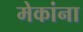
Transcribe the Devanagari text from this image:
मेकांना